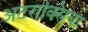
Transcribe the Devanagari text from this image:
अटराक्सिया